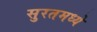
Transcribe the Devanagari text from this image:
सुरतमध्ये